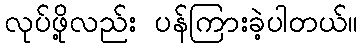
လုပ်ဖို့လည်း ပန်ကြားခဲ့ပါတယ်။